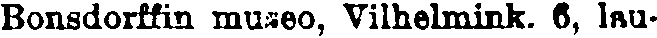
Bonsdorffin museo, Vilhelmink. 6, lau-